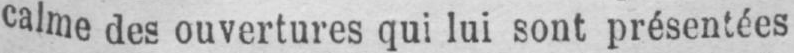
calme des ouvertures qui lui sont présentées